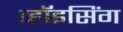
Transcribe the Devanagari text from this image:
व्हॉइसिंग